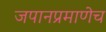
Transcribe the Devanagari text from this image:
जपानप्रमाणेच